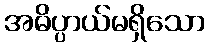
အဓိပ္ပာယ်မရှိသော